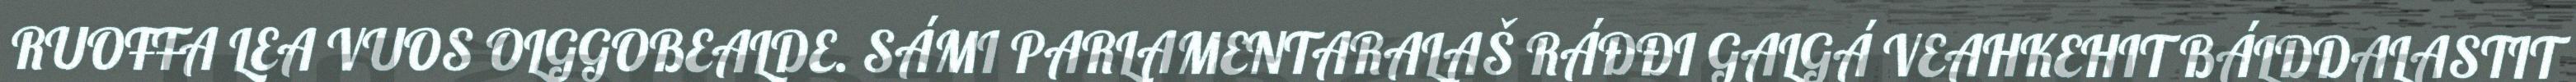
RUOŦŦA LEA VUOS OLGGOBEALDE. SÁMI PARLAMENTARALAŠ RÁĐĐI GALGÁ VEAHKEHIT BÁLDDALASTIT